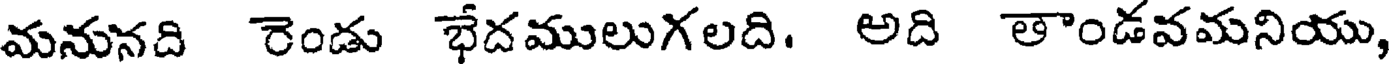
మనునది రెండు భేదములుగలది. అది తాండవమనియు,